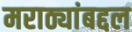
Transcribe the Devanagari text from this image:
मराठ्यांबद्दल